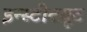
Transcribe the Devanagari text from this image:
इन्स्टीटय़ूट